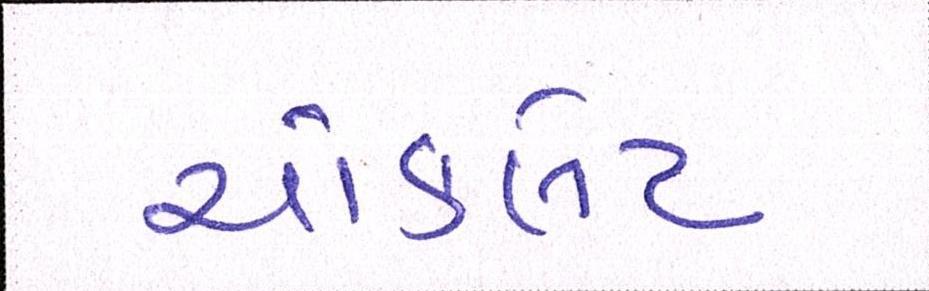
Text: ચૉકલેટ